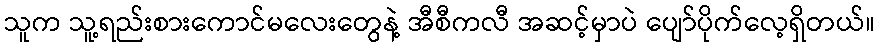
သူက သူ့ရည်းစားကောင်မလေးတွေနဲ့ အီစီကလီ အဆင့်မှာပဲ ပျော်ပိုက်လေ့ရှိတယ်။